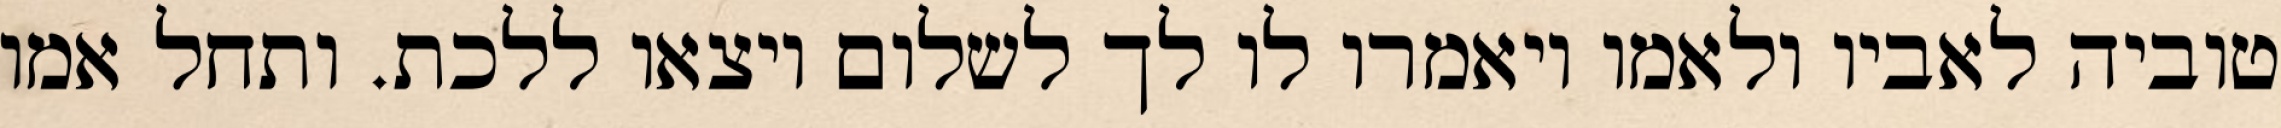
טוביה לאביו ולאמו ויאמרו לו לך לשלום ויצאו ללכת. ותחל אמו